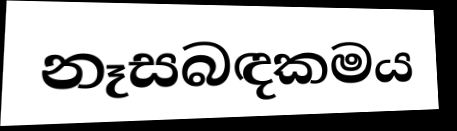
නෑසබඳකමය